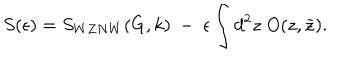
LaTeX: S ( \epsilon ) = S _ { W Z N W } ( G , k ) ~ - ~ \epsilon \int d ^ { 2 } z \; O ( z , \bar { z } ) .